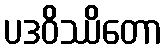
ပဒဝိဿိတော